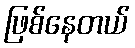
ဖြစ်နေတယ်